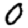
Digit: 0